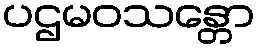
ပဌမဝသန္တော